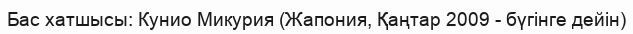
Бас хатшысы: Кунио Микурия (Жапония, Қаңтар 2009 - бүгінге дейін)